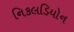
નિકલડિયોન